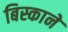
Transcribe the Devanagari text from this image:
बिस्काने